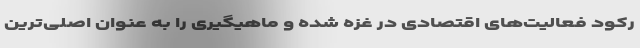
رکود فعالیت‌های اقتصادی در غزه شده و ماهیگیری را به عنوان اصلی‌ترین